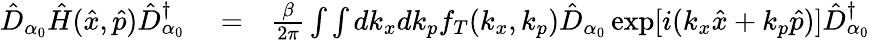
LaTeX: \begin{array}{rlr}{\hat{D}_{\alpha_{0}}\hat{H}(\hat{x},\hat{p})\hat{D}_{\alpha_{0}}^{\dagger}}&{{}=}&{\frac{\beta}{2\pi}\int\int dk_{x}dk_{p}f_{T}(k_{x},k_{p})\hat{D}_{\alpha_{0}}\exp[i(k_{x}\hat{x}+k_{p}\hat{p})]\hat{D}_{\alpha_{0}}^{\dagger}}\end{array}